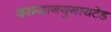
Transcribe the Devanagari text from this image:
दरम्यानयुनायटेड